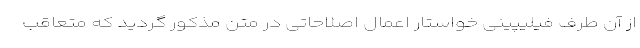
از آن طرف فیلیپینی خواستار اعمال اصلاحاتی در متن مذکور گردید که متعاقب